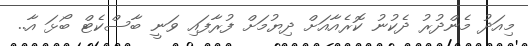
މިއަދު މެންދުރު ދެކުނު ކޮރެއާއަށް ދިޔުމަށް ފުރާފައި ވަނީ ބާސްކެޓް ބޯޅަ އާ..